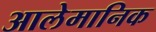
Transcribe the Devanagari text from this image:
आलेमानिक